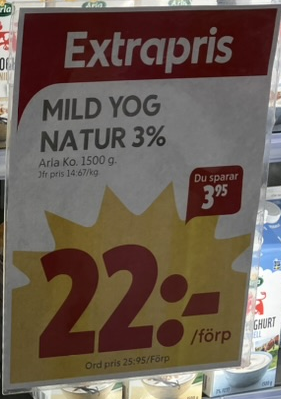
Vara: Mild Yog Natur 3%
Genomsnittspris: 14.67 per kg